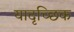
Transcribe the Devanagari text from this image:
यादृच्‍छिक